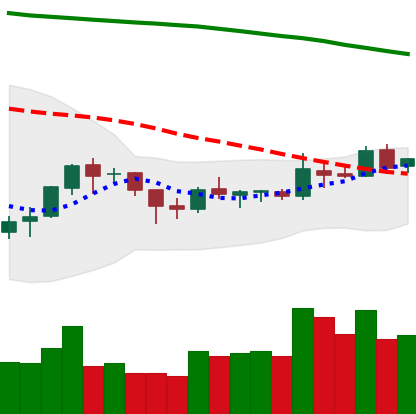
Ticker: BNB-USD
Chart end date: 2018-10-07
Forward return: -9.412%
Label: down_7plus